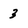
Character: 3